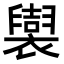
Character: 𧞜